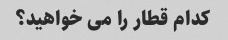
کدام قطار را می خواهید؟